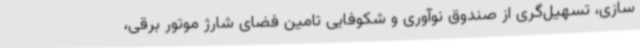
سازی، تسهیل‌گری از صندوق نوآوری و شکوفایی تامین فضای شارژ موتور برقی،